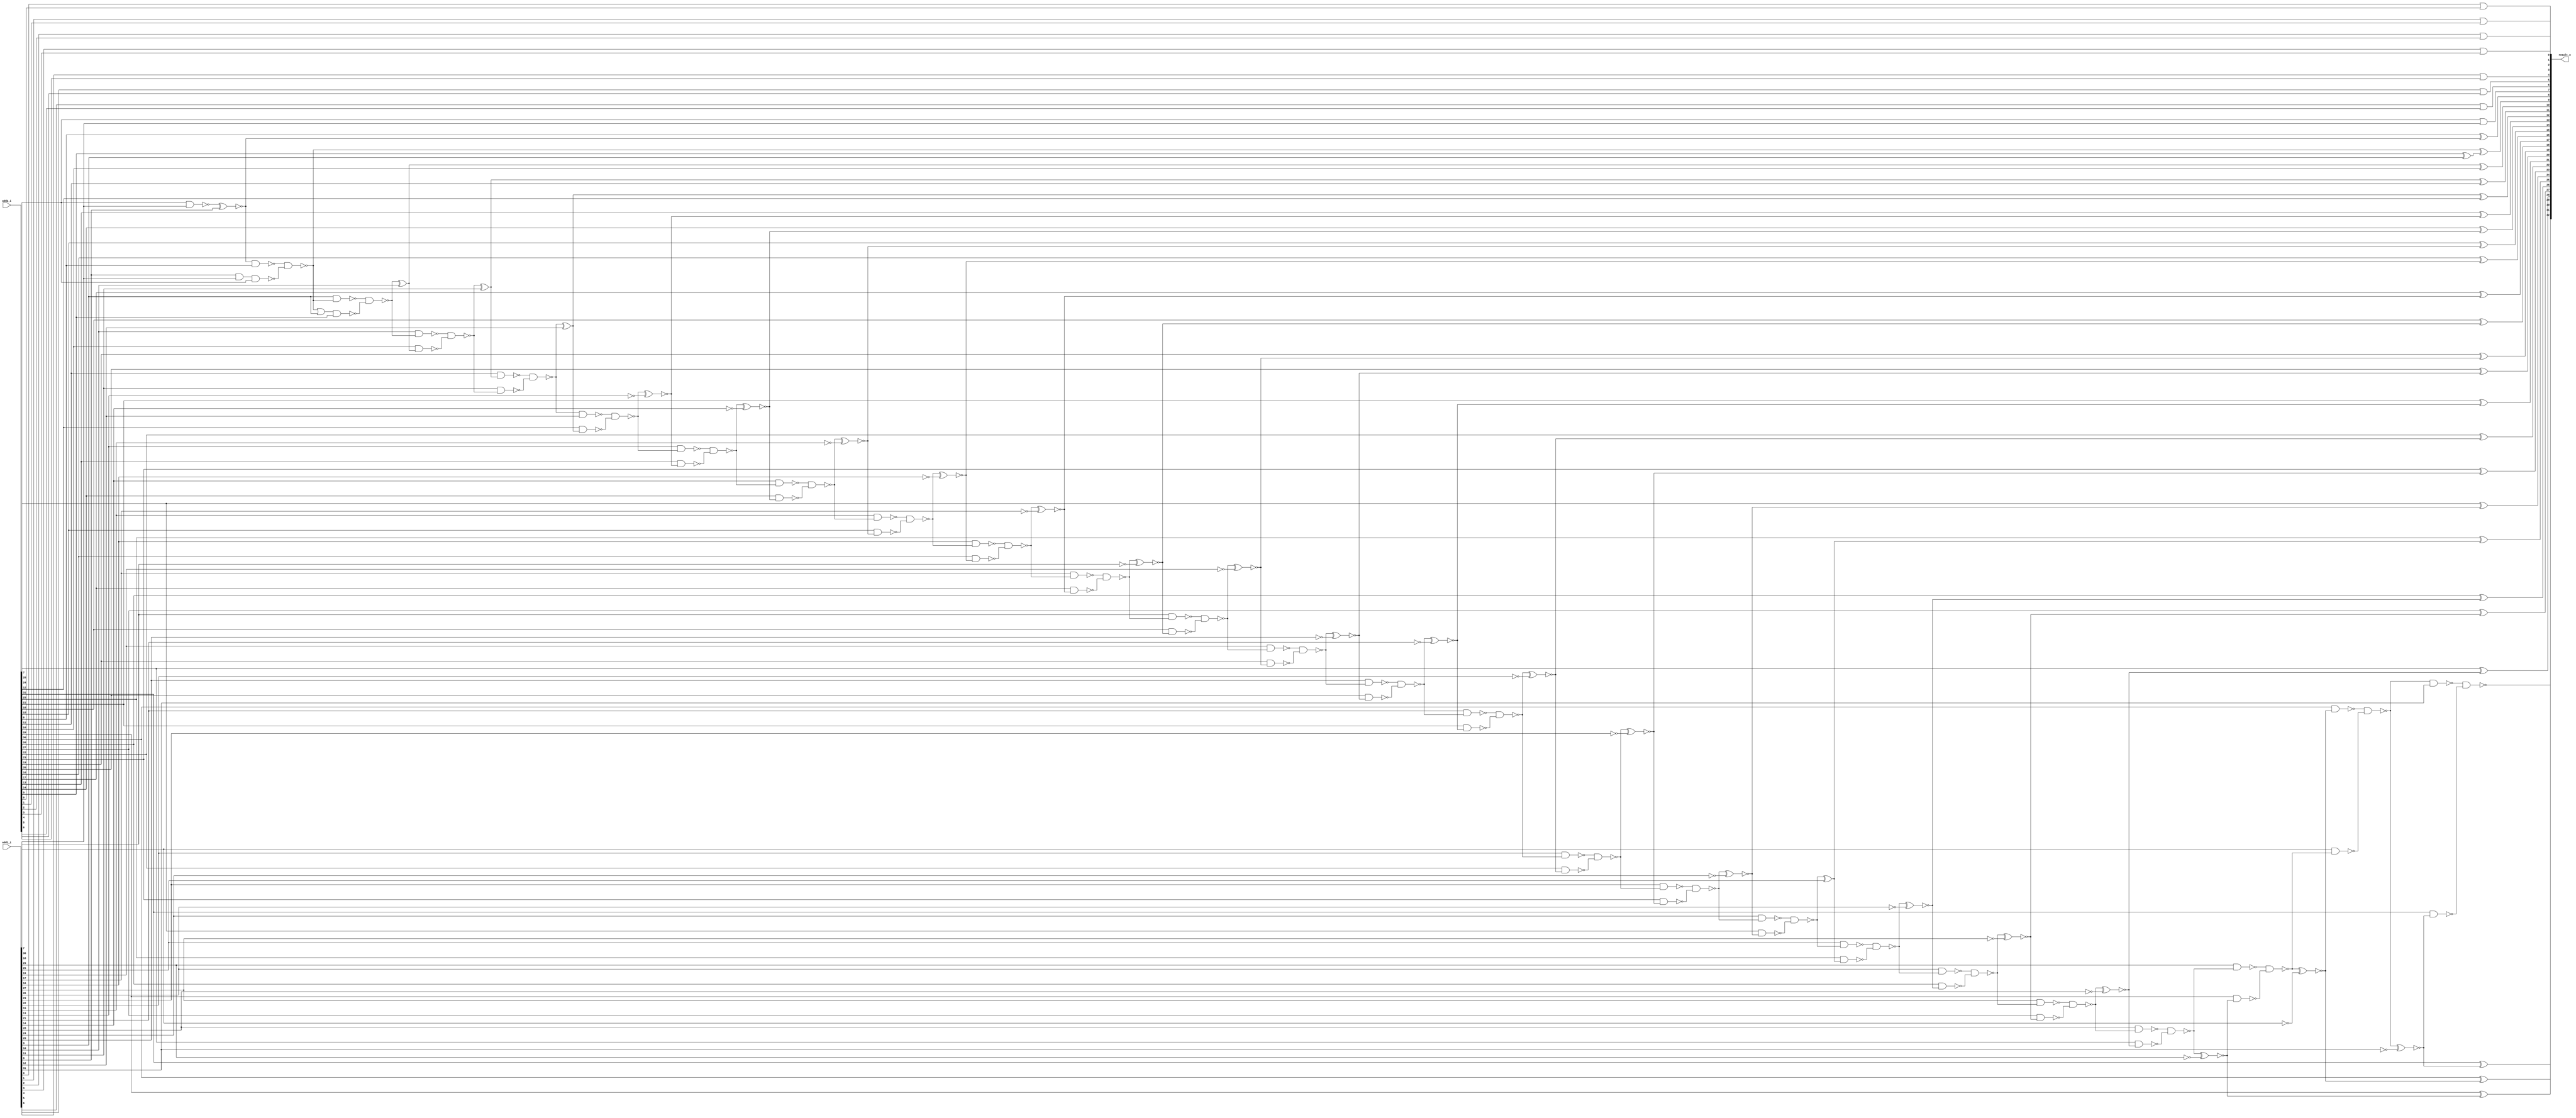
module lower_part_or_ripple_carry_adder32 ( add1_i, add2_i, result_o );
  input [31:0] add1_i;
  input [31:0] add2_i;
  output [32:0] result_o;
  wire   n101, n102, n103, n104, n105, n106, n107, n108, n109, n110, n111,
         n112, n113, n114, n115, n116, n117, n118, n119, n120, n121, n122,
         n123, n124, n125, n126, n127, n128, n129, n130, n131, n132, n133,
         n134, n135, n136, n137, n138, n139, n140, n141, n142, n143, n144,
         n145, n146, n147, n148, n149, n150, n151, n152, n153, n154, n155,
         n156, n157, n158, n159, n160, n161, n162, n163, n164, n165, n166,
         n167, n168, n169, n170, n171, n172, n173, n174, n175, n176, n177,
         n178, n179, n180, n181, n182, n183, n184, n185, n186, n187, n188,
         n189, n190, n191, n192, n193, n194, n195, n196, n197, n198, n199,
         n200, n201, n202, n203, n204, n205, n206, n207, n208, n209, n210,
         n211, n212, n213, n214, n215, n216;

  xor U95 ( result_o[9], n101, n102);
  xor U96 ( n102, add2_i[9], add1_i[9]);
  xor U97 ( result_o[8], add2_i[8], n103);
  xor U98 ( result_o[31], add2_i[31], n106);
  xor U100 ( result_o[30], add2_i[30], n110);
  xor U102 ( result_o[29], add2_i[29], n114);
  xor U104 ( result_o[28], add2_i[28], n118);
  xor U106 ( result_o[27], add2_i[27], n122);
  xor U108 ( result_o[26], add2_i[26], n126);
  xor U110 ( result_o[25], add2_i[25], n130);
  xor U111 ( n130, n131, add1_i[25]);
  xor U112 ( result_o[24], add2_i[24], n134);
  xor U114 ( result_o[23], add2_i[23], n138);
  xor U116 ( result_o[22], add2_i[22], n142);
  xor U118 ( result_o[21], add2_i[21], n146);
  xor U120 ( result_o[20], add2_i[20], n150);
  xor U122 ( result_o[19], add2_i[19], n154);
  xor U124 ( result_o[18], add2_i[18], n158);
  xor U126 ( result_o[17], add2_i[17], n162);
  xor U128 ( result_o[16], add2_i[16], n166);
  xor U130 ( result_o[15], add2_i[15], n170);
  xor U132 ( result_o[14], add2_i[14], n174);
  xor U134 ( result_o[13], add2_i[13], n178);
  xor U136 ( result_o[12], n182, add2_i[12]);
  xor U137 ( n182, n183, add1_i[12]);
  xor U138 ( result_o[11], n186, add2_i[11]);
  xor U139 ( n186, n187, add1_i[11]);
  xor U140 ( result_o[10], n190, add2_i[10]);
  xor U141 ( n190, n191, add1_i[10]);
  not U142 ( n199, add1_i[26]);
  not U143 ( n201, add1_i[24]);
  not U144 ( n198, add1_i[23]);
  xnor U145 ( n138, n139, n198);
  xnor U146 ( n126, n127, n199);
  not U147 ( n205, add1_i[22]);
  not U148 ( n200, add1_i[21]);
  xnor U149 ( n146, n147, n200);
  xnor U150 ( n134, n135, n201);
  not U151 ( n208, add1_i[20]);
  not U152 ( n203, add1_i[19]);
  not U153 ( n202, add1_i[29]);
  not U154 ( n204, add1_i[27]);
  xnor U155 ( n114, n115, n202);
  xnor U156 ( n154, n155, n203);
  xnor U157 ( n122, n123, n204);
  xnor U158 ( n142, n143, n205);
  not U159 ( n211, add1_i[18]);
  not U160 ( n206, add1_i[17]);
  not U161 ( n207, add1_i[28]);
  xnor U162 ( n162, n163, n206);
  xnor U163 ( n118, n119, n207);
  xnor U164 ( n150, n151, n208);
  not U165 ( n213, add1_i[31]);
  not U166 ( n209, add1_i[15]);
  not U167 ( n210, add1_i[30]);
  xnor U168 ( n170, n171, n209);
  xnor U169 ( n110, n111, n210);
  xnor U170 ( n158, n159, n211);
  not U171 ( n212, add1_i[16]);
  xnor U172 ( n166, n167, n212);
  xnor U173 ( n106, n107, n213);
  not U174 ( n214, add1_i[14]);
  not U175 ( n215, add1_i[13]);
  nand U176 ( n188, add1_i[10], n216);
  or U177 ( result_o[0], add1_i[0], add2_i[0]);
  or U178 ( result_o[1], add1_i[1], add2_i[1]);
  or U179 ( result_o[2], add1_i[2], add2_i[2]);
  or U180 ( result_o[3], add1_i[3], add2_i[3]);
  or U181 ( result_o[4], add1_i[4], add2_i[4]);
  or U182 ( result_o[5], add1_i[5], add2_i[5]);
  or U183 ( result_o[6], add1_i[6], add2_i[6]);
  nand U184 ( n184, add1_i[11], n187);
  xnor U185 ( n174, n175, n214);
  xnor U186 ( n178, n179, n215);
  or U187 ( result_o[7], add2_i[7], add1_i[7]);
  nand U188 ( n196, add1_i[8], add1_i[7], add2_i[7]);
  nand U189 ( n216, n192, n193);
  nand U190 ( n191, n193, n192);
  nand U191 ( n193, n194, add2_i[9]);
  nand U192 ( n180, n183, add1_i[12]);
  nand U193 ( n183, n185, n184);
  nand U194 ( n104, n107, add1_i[31]);
  nand U195 ( n107, n109, n108);
  nand U196 ( n197, add2_i[7], add1_i[7]);
  nand U197 ( n108, add1_i[30], n111);
  nand U198 ( n156, add1_i[18], n159);
  xnor U199 ( n103, n197, add1_i[8]);
  nand U200 ( n111, n112, n113);
  nand U201 ( n112, add1_i[29], n115);
  nand U202 ( n101, n195, n196);
  nand U203 ( n187, n188, n189);
  nand U204 ( n159, n160, n161);
  nand U205 ( n115, n116, n117);
  nand U206 ( n128, add1_i[25], n131);
  nand U207 ( n152, add1_i[19], n155);
  nand U208 ( n160, add1_i[17], n163);
  nand U209 ( n164, add1_i[16], n167);
  nand U210 ( n155, n156, n157);
  nand U211 ( n131, n132, n133);
  nand U212 ( n167, n168, n169);
  nand U213 ( n163, n164, n165);
  nand U214 ( n120, add1_i[27], n123);
  nand U215 ( n124, add1_i[26], n127);
  nand U216 ( n136, add1_i[23], n139);
  nand U217 ( n123, n124, n125);
  nand U218 ( n127, n128, n129);
  nand U219 ( n139, n140, n141);
  nand U220 ( n140, add1_i[22], n143);
  nand U221 ( n168, add1_i[15], n171);
  nand U222 ( n176, add1_i[13], n179);
  nand U223 ( n143, n144, n145);
  nand U224 ( n144, add1_i[21], n147);
  nand U225 ( n171, n172, n173);
  nand U226 ( n172, add1_i[14], n175);
  nand U227 ( n179, n180, n181);
  nand U228 ( n116, add1_i[28], n119);
  nand U229 ( n117, add2_i[28], n118);
  nand U230 ( n132, add1_i[24], n135);
  nand U231 ( n133, add2_i[24], n134);
  nand U232 ( n147, n148, n149);
  nand U233 ( n148, add1_i[20], n151);
  nand U234 ( n175, n176, n177);
  nand U235 ( n181, add2_i[12], n182);
  nand U236 ( result_o[32], n104, n105);
  nand U237 ( n105, add2_i[31], n106);
  nand U238 ( n119, n120, n121);
  nand U239 ( n129, add2_i[25], n130);
  nand U240 ( n135, n136, n137);
  nand U241 ( n145, add2_i[21], n146);
  nand U242 ( n151, n152, n153);
  nand U243 ( n157, add2_i[18], n158);
  nand U244 ( n169, add2_i[15], n170);
  nand U245 ( n192, add1_i[9], n101);
  or U246 ( n194, n101, add1_i[9]);
  nand U247 ( n195, n103, add2_i[8]);
  nand U248 ( n185, add2_i[11], n186);
  nand U249 ( n189, add2_i[10], n190);
  nand U250 ( n113, add2_i[29], n114);
  nand U251 ( n109, add2_i[30], n110);
  nand U252 ( n125, add2_i[26], n126);
  nand U253 ( n121, add2_i[27], n122);
  nand U254 ( n141, add2_i[22], n142);
  nand U255 ( n137, add2_i[23], n138);
  nand U256 ( n153, add2_i[19], n154);
  nand U257 ( n149, add2_i[20], n150);
  nand U258 ( n165, add2_i[16], n166);
  nand U259 ( n161, add2_i[17], n162);
  nand U260 ( n177, add2_i[13], n178);
  nand U261 ( n173, add2_i[14], n174);
endmodule